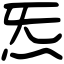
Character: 炁